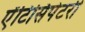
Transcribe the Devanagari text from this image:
ऐंटिसिपेटरी